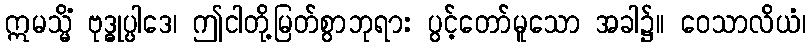
ဣမသ္မိံ ဗုဒ္ဓုပ္ပါဒေ၊ ဤငါတို့မြတ်စွာဘုရား ပွင့်တော်မူသော အခါ၌။ ဝေသာလိယံ၊